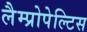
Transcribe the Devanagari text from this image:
लैम्प्रोपेल्टिस